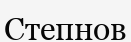
Степнов